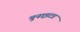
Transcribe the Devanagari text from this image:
युनाइटड